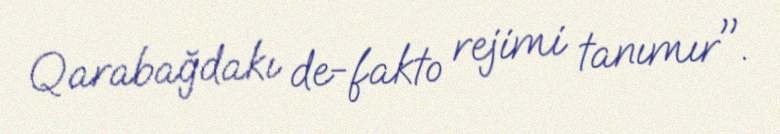
Qarabağdakı de-fakto rejimi tanımır".